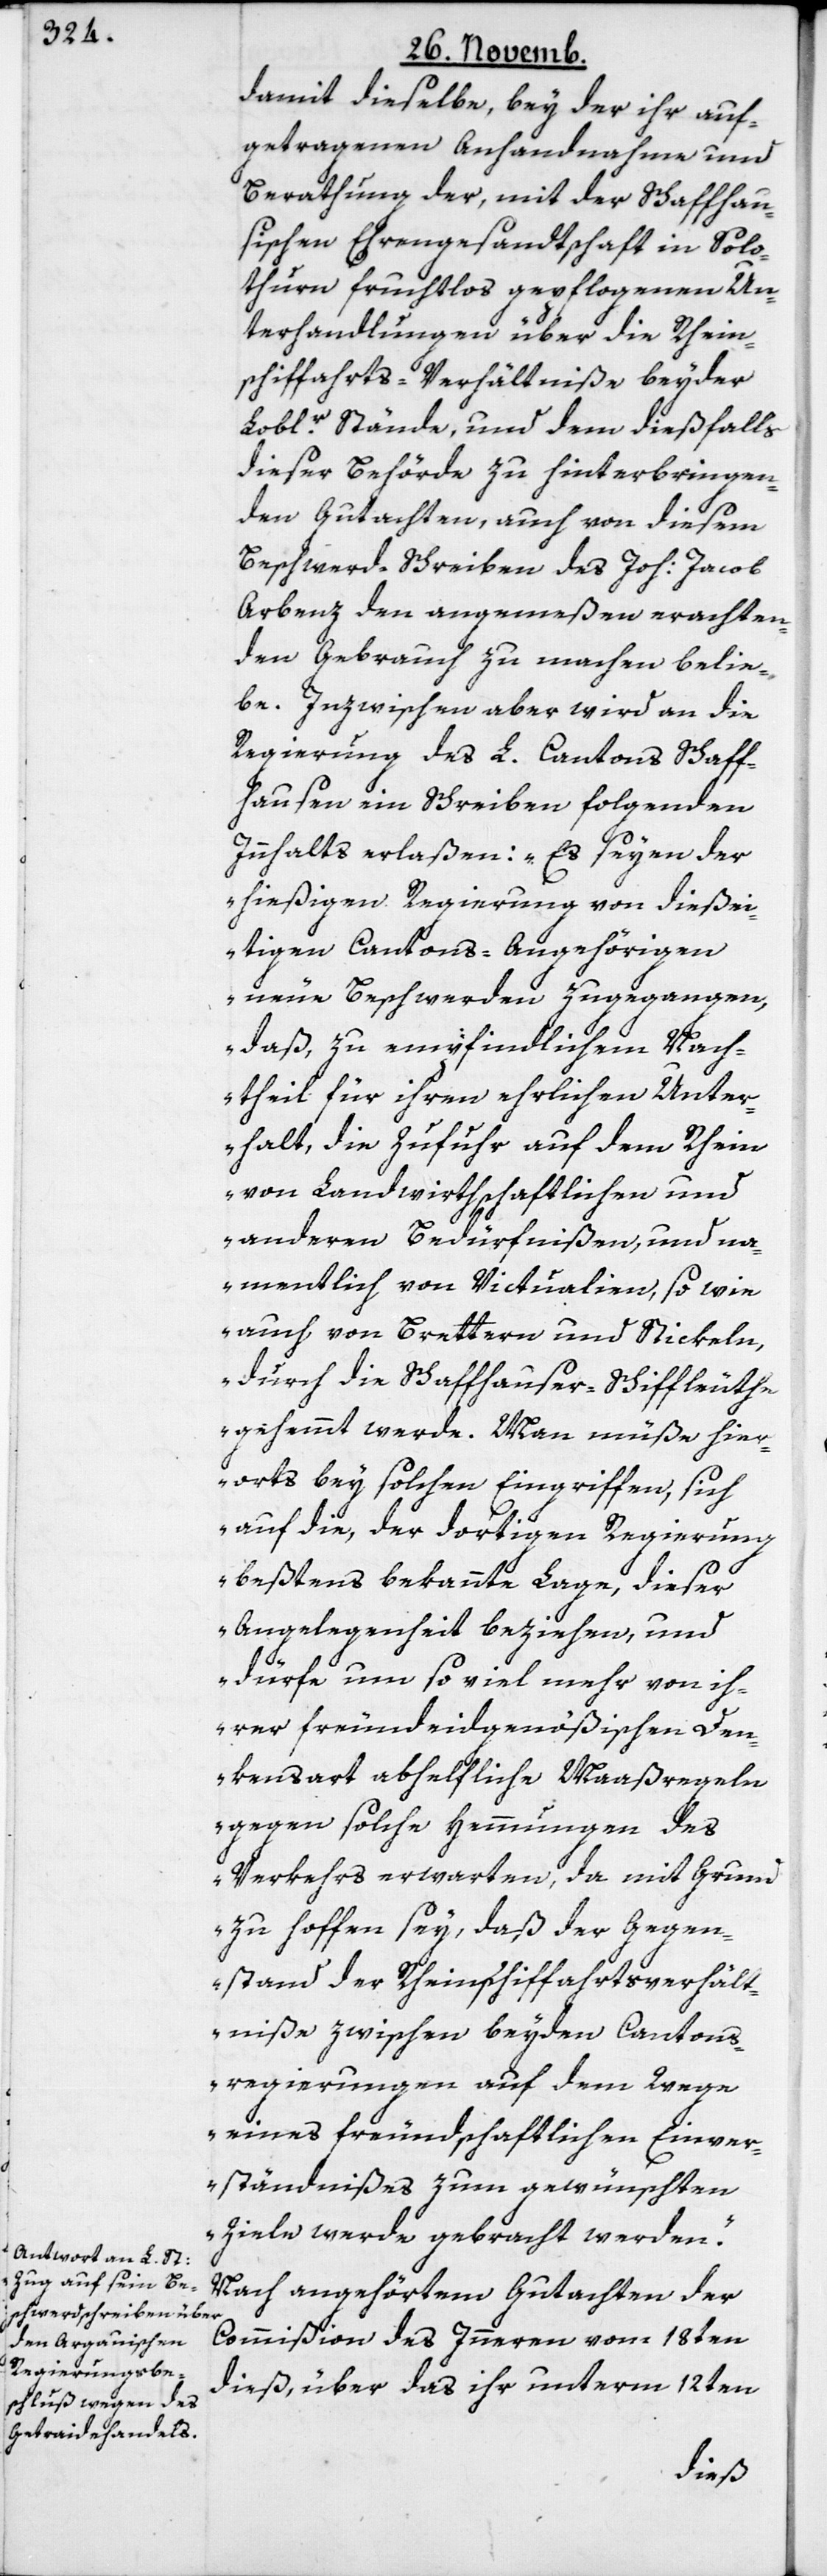
damit dieselbe, bey der ihr auf¬
getragenen Anhandnahme und
Berathung der, mit der schaffhau¬
sischen Ehrengesandtschaft in Solo¬
thurn fruchtlos gepflogenen Un¬
terhandlungen über die Rhein¬
schiffahrts-Verhältniße beyder
Loblr. Stände, und dem dießfalls
dieser Behörde zu hinterbringen¬
den Gutachten, auch von diesem
Beschwerd-Schreiben des Joh. Jacob
Arbenz den angemeßen erachten¬
den Gebrauch zu machen belie¬
be. Inzwischen aber wird an die
Regierung des L. Cantons Schaff¬
hausen ein Schreiben folgenden
Innhalts erlaßen: „Es seyen der
hießigen Regierung von dieße¬
itigen Cantons-Angehörigen
neue Beschwerden zugegangen,
daß, zu empfindlichem Nach¬
theil für ihren ehrlichen Unter¬
halt, die Zufuhr auf dem Rhein
von landwirthschaftlichen und
anderen Bedürfnißen, und na¬
mentlich von Victualien, so wie
auch von Brettern und Stickeln,
durch die Schaffhauser Schiffleuthe
gehemmt werde. Man müße hier¬
orts bey solchen Eingriffen, sich
auf die, der dortigen Regierung
beßtens bekannte Lage, dieser
Angelegenheit beziehen, und
dürfe um so viel mehr von ih¬
rer freundeidgenößischen Den¬
kensart abhelfliche Maaßregeln
gegen solche Hemmungen des
Verkehrs erwarten, da mit Grund
zu hoffen sey, daß der Gegen¬
stand der Rheinschiffahrtsverhält¬
niße zwischen beyden Cantons¬
regierungen auf dem Wege
eines freundschaftlichen Einver¬
ständnißes zum gewünschten
Ziele werde gebracht werden“.
Nach angehörtem Gutachten der
Commißion des Innern vom 18ten
dieß, über das ihr unterm 12ten